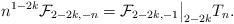
LaTeX: \begin{align*}n^{1-2k} \mathcal{F}_{2-2k,-n}=\mathcal{F}_{2-2k,-1}\big|_{2-2k}T_n.\end{align*}